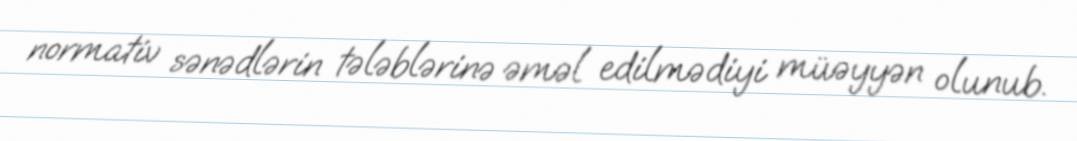
normativ sənədlərin tələblərinə əməl edilmədiyi müəyyən olunub.